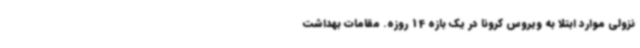
نزولی موارد ابتلا به ویروس کرونا در یک بازه 14 روزه. مقامات بهداشت